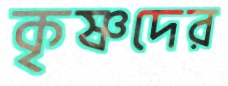
কৃষ্ণদের